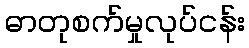
ဓာတုစက်မှုလုပ်ငန်း